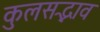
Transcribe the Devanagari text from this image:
कुलसद्भाव